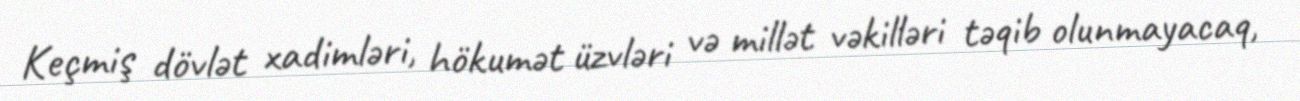
Keçmiş dövlət xadimləri, hökumət üzvləri və millət vəkilləri təqib olunmayacaq,